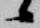
候